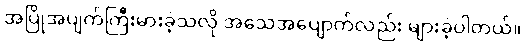
အပြိုအပျက်ကြီးမားခဲ့သလို အသေအပျောက်လည်း များခဲ့ပါတယ်။